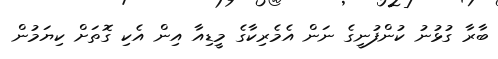
ބާރާ ގުޅުނު ކުންފުނީގެ ނަން އެމެރިކާގެ މީޑިއާ އިން އެކި ގޮތަށް ކިޔަމުން